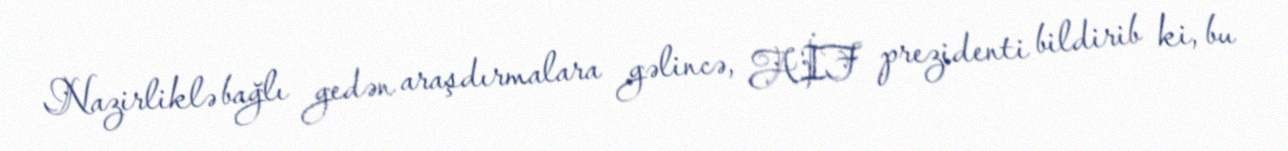
Nazirliklə bağlı gedən araşdırmalara gəlincə, AİF prezidenti bildirib ki, bu